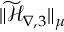
\| \widetilde { \mathcal { H } } _ { \nabla , 3 } \| _ { \mu }